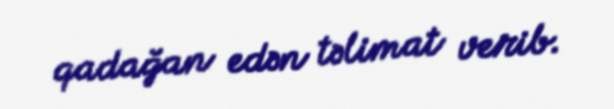
qadağan edən təlimat verib.